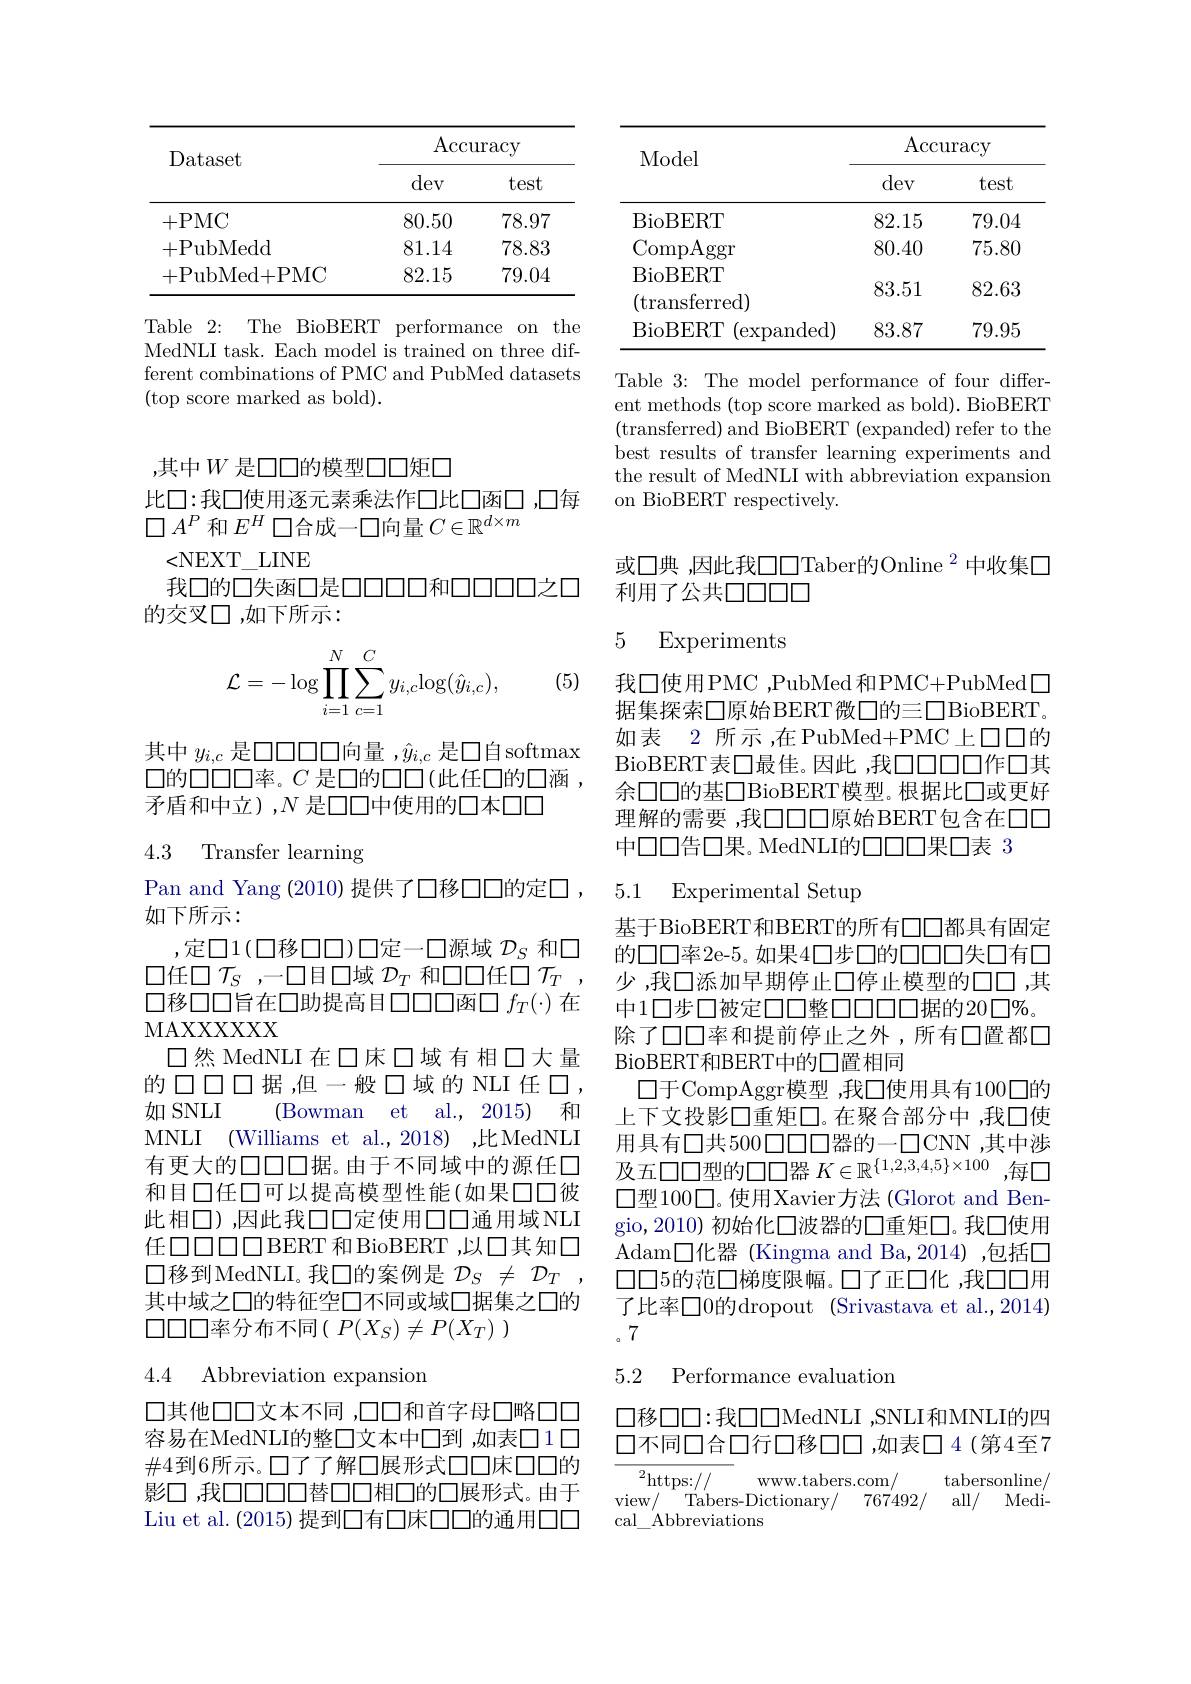
<table>
	<tbody>
		<tr>
			<th rowspan="2">Dataset</th>
			<th colspan="2">$\operatorname{Accuracy}$</th>
		</tr>
		<tr>
			<th>dev</th>
			<th>test</th>
		</tr>
		<tr>
			<td>+PMC</td>
			<td>80.50</td>
			<td>78.97</td>
		</tr>
		<tr>
			<td>+PubMedd</td>
			<td>81.14</td>
			<td>78.83</td>
		</tr>
		<tr>
			<td>+PubMed+PMC</td>
			<td>82.15</td>
			<td>79.04</td>
		</tr>
	</tbody>
</table>

Table 2: The BioBERT performance on the MedNLI task. Each model is trained on three different combinations of PMC and PubMed datasets (top score marked as bold).

,其中$W$ 是口口的模型口口矩口
比口：我口使用逐元素乘法作口比口函口，口每
$\square A^P$和$E^H$口合成一口向量$C\in\mathbb{R}^d\times m$
<NEXT\_LINE
我口的口失函口是口口口口和口口口口之口
的交叉口，如下所示：
$$\mathcal{L}=-\log\prod_{i=1}^N\sum_{c=1}^Cy_{i,c}\mathrm{log}(\hat{y}_{i,c}),$$
(5)

其中$y_{i,c}$是口口口口口向量 ,$\hat{y}_{i,c}$是口自 softmax $\square 的\square\square\square\square$率。$C$ 是口的口口(此任口的口涵， 矛盾和中立),$N$是口口中使用的口本口口

## 4.3 Transfer learning

# 口移口口旨在口助提高目口口口函口$f_T(\cdot)$在MAXXXXXX

Pan and Yang (2010) 提供了口移口口的定口，
如下所示：
,定$\square1(\square$移口口)口定一口源域 $\mathcal{D}_S$ 和$\square$
$\square$任$\square T_S$ ,一口目口域 $D_T$ 和$\square\square$任$\square\tau_T$
口然 MedNLI 在 口床 口域 有 相 口大量的口口口据，但一般口域的NLI 任口， 如 SNLI
( Bowmanet$\:$al. , 2015) $\:$和
MNLI (Williams et al.,2018) ,比MedNLI 有更大的口口口据。由于不同域中的源任口和目口任口可以提高模型性能(如果口口彼此相口),因此我口口定使用口口通用域NLI 任口口口口口 BERT 和 BioBERT ,以口其知口$\square$移到MedNLI。我口的案例是 $D_S\neq\mathcal{D}_T$, 其中域之口的特征空口不同或域口据集之口的$\square\square\square\square$率分布不同$( P( X_S) \neq P( X_T)$ )

# 4.4 Abbreviation expansion

口其他口口文本不同 ,口口和首字母口略口口容易在MedNLI的整口文本中□到 ,如表口1日$\#4$到6所示。口了了解□展形式口口床口口的影口，我口口口口替口口相口的口展形式。由于Liu et al. (2015) 提到口有口床口口的通用口口

<table>
	<tbody>
		<tr>
			<th rowspan="2">Model</th>
			<th colspan="2">$\operatorname{Accuracy}$</th>
		</tr>
		<tr>
			<th>dev</th>
			<th>test</th>
		</tr>
		<tr>
			<td>BioBERT</td>
			<td>82.15</td>
			<td>79.04</td>
		</tr>
		<tr>
			<td>$\operatorname{CompAggr}$ $\Lambda$RFPT</td>
			<td>80.40</td>
			<td>75.80</td>
		</tr>
		<tr>
			<td>$\mathbf{D}\boldsymbol{L}$ (transferred)</td>
			<td>83.51</td>
			<td>82.63</td>
		</tr>
		<tr>
			<td>BioBERT (expanded)</td>
			<td>83.87</td>
			<td>79.95</td>
		</tr>
	</tbody>
</table>

Table 3: The model performance of four different methods (top score marked as bold). BioBERT (transferred) and BioBERT (expanded) refer to the best results of transfer learning experiments and the result of MedNLI with abbreviation expansion on BioBERT respectively.

或口典 ,因此我口口Taber的Online $^{2}$中收集口
# 利用了公共口口口口

# 5 Experiments

我口使用PMC，PubMed 和PMC+PubMed$\square$ 据集探索口原始BERT微口的三口BioBERT。如表 2 所示 ,在PubMed+PMC 上口口的BioBERT 表口最佳。因此 ,我$\square\square\square\square$作口其余口口的基口BioBERT模型。根据比口或更好理解的需要 ,我口口口原始BERT包含在口口中口口告口果。MedNLI的口口口果口表 3

## 5.1 Experimental Setup

基于BioBERT和BERT的所有口口都具有固定的口口率2e-5。如果4口步口的口口00失口有口少，我口添加早期停止口停止模型的口口，其中1口步口被定口口整口口口口据的20口%。除了口口率和提前停止之外，所有口置都口$\operatorname{BioBERT}$和BERT中的口置相同
口于CompAggr模型 ,我口使用具有100口的上下文投影口重短口。在聚合部分中，我口使用具有口共500口口口器的一口CNN，其中涉及五口口型的口口器$K\in\mathbb{R}^\{1,2,3,4,5\}\times100$ ,每口$\square 型100\square。使用Xavier方法(Glorot~and~Ben-$ gio,2010) 初始化口波器的口重短口。我口使用Adam口化器 (Kingma and Ba,2014),包括口$\square\square5$的范口梯度限幅。口了正口化 ,我口口用了比率口0的dropout (Srivastava et al.,2014) 。7

5.2 Performance evaluation

$\square$移口口：我口口MedNLI ,SNLI和MNLI的四口不同口合口行口移口口，如表口4(第4至7

<table>
	<tbody>
		<tr>
			<th>$^{2}$https: WWW. tabers</th>
			<th>${\mathrm{s.com}}$</th>
			<th>tabers</th>
			<th>sonline</th>
		</tr>
	</tbody>
</table>